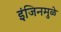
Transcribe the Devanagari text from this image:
इंजिनमुळे